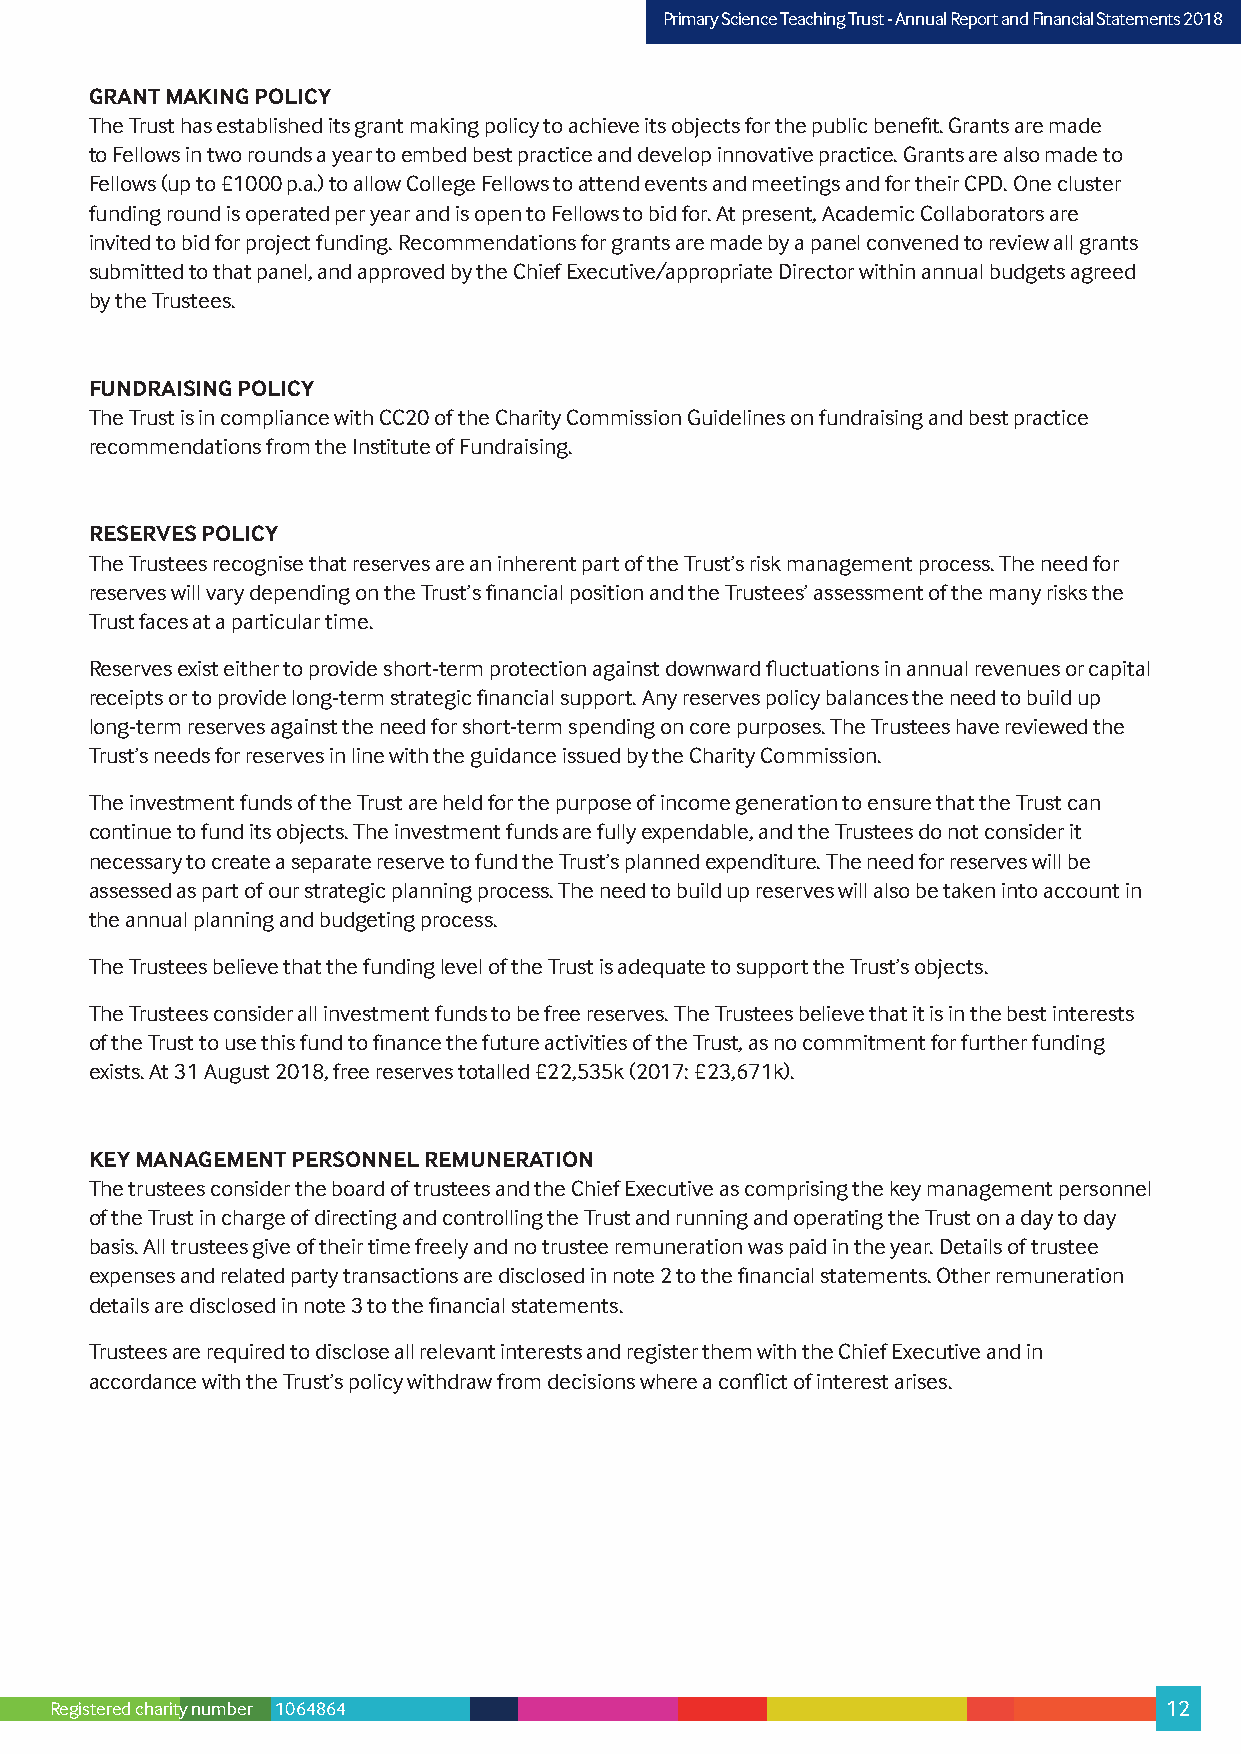
PPrriimmaarryy SScciieennccee TTeeaacchhiinngg TTrruusstt –- AAnnnnuuaall RReeppoorrtt aanndd FFiinnaanncciiaall SSttaatteemmeennttss 22001178
 GRANT MAKING POLICY
 The Trust has established its grant making policy to achieve its objects for the public benefit. Grants are made
 to Fellows in two rounds a year to embed best practice and develop innovative practice. Grants are also made to
 Fellows (up to £1000 p.a.) to allow College Fellows to attend events and meetings and for their CPD. One cluster
 funding round is operated per year and is open to Fellows to bid for. At present, Academic Collaborators are
 invited to bid for project funding. Recommendations for grants are made by a panel convened to review all grants
 submitted to that panel, and approved by the Chief Executive/appropriate Director within annual budgets agreed
 by the Trustees.
 FUNDRAISING POLICY
 The Trust is in compliance with CC20 of the Charity Commission Guidelines on fundraising and best practice
 recommendations from the Institute of Fundraising.
 RESERVES POLICY
 The Trustees recognise that reserves are an inherent part of the Trust’s risk management process. The need for
 reserves will vary depending on the Trust’s financial position and the Trustees’ assessment of the many risks the
 Trust faces at a particular time.
 Reserves exist either to provide short-term protection against downward fluctuations in annual revenues or capital
 receipts or to provide long-term strategic financial support. Any reserves policy balances the need to build up
 long-term reserves against the need for short-term spending on core purposes. The Trustees have reviewed the
 Trust’s needs for reserves in line with the guidance issued by the Charity Commission.
 The investment funds of the Trust are held for the purpose of income generation to ensure that the Trust can
 continue to fund its objects. The investment funds are fully expendable, and the Trustees do not consider it
 necessary to create a separate reserve to fund the Trust’s planned expenditure. The need for reserves will be
 assessed as part of our strategic planning process. The need to build up reserves will also be taken into account in
 the annual planning and budgeting process.
 The Trustees believe that the funding level of the Trust is adequate to support the Trust’s objects.
 The Trustees consider all investment funds to be free reserves. The Trustees believe that it is in the best interests
 of the Trust to use this fund to finance the future activities of the Trust, as no commitment for further funding
 exists. At 31 August 2018, free reserves totalled £22,535k (2017: £23,671k).
 KEY MANAGEMENT PERSONNEL REMUNERATION
 The trustees consider the board of trustees and the Chief Executive as comprising the key management personnel
 of the Trust in charge of directing and controlling the Trust and running and operating the Trust on a day to day
 basis. All trustees give of their time freely and no trustee remuneration was paid in the year. Details of trustee
 expenses and related party transactions are disclosed in note 2 to the financial statements. Other remuneration
 details are disclosed in note 3 to the financial statements.
 Trustees are required to disclose all relevant interests and register them with the Chief Executive and in
 accordance with the Trust’s policy withdraw from decisions where a conflict of interest arises.
 Registered charity number 1064864                                         12